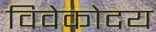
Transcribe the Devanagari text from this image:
विवेकोदय